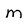
Character: M